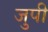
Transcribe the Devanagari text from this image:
जुपी